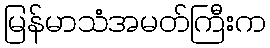
မြန်မာသံအမတ်ကြီးက